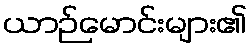
ယာဉ်မောင်းများ၏